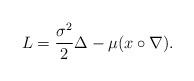
LaTeX: \begin{align*} L=\frac{\sigma^2}{2}\Delta-\mu (x\circ \nabla).\end{align*}